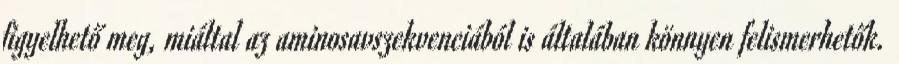
figyelhető meg, miáltal az aminosavszekvenciából is általában könnyen felismerhetők.